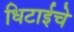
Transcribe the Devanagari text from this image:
धिटाईचे